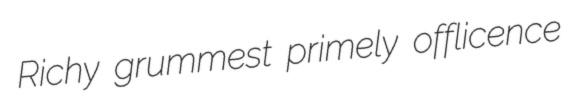
Richy grummest primely offlicence